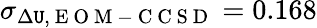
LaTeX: \sigma_{\Delta\mathtt{U},\mathrm{{~E~O~M~-~C~C~S~D~}}}=0.168